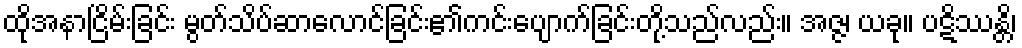
ထိုအနာငြိမ်းခြင်း မွတ်သိပ်ဆာလောင်ခြင်း၏ကင်းပျောက်ခြင်းတို့သည်လည်း။ အဇ္ဇ၊ ယခု။ ပဋိဿန္တိ၊